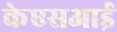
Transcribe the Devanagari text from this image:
केएसआई